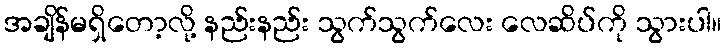
အချိန်မရှိတော့လို့ နည်းနည်း သွက်သွက်လေး လေဆိပ်ကို သွားပါ။